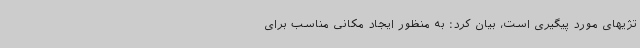
تژیهای مورد پیگیری است، بیان کرد: به منظور ایجاد مکانی مناسب برای